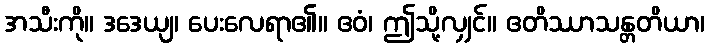
အသီးကို။ ဒဒေယျ၊ ပေးလေရာ၏။ ဧဝံ၊ ဤသို့လျှင်။ ဧတိဿာသန္တတိယာ၊